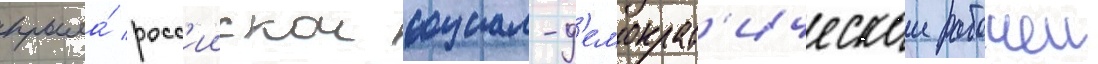
крыла́ росс'иискои социал-д'емократ'ическои рабочеи